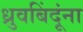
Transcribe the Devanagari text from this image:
ध्रुवबिंदूंना